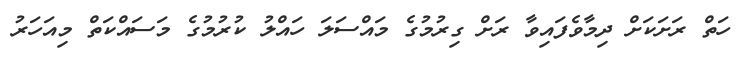
ހަތް ރަށަކަށް ދިމާވެފައިވާ ރަށް ގިރުމުގެ މައްސަލަ ހައްލު ކުރުމުގެ މަސައްކަތް މިއަހަރު